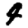
Digit: 4